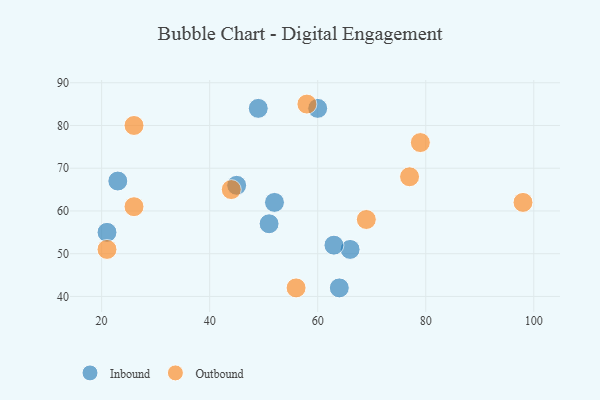
{"axis": {"x": "GDP", "y": "Life Expectancy"}, "legend": ["Inbound", "Outbound"], "data": [{"x": "64", "y": 42, "type": "Inbound"}, {"x": "23", "y": 67, "type": "Inbound"}, {"x": "21", "y": 55, "type": "Inbound"}, {"x": "66", "y": 51, "type": "Inbound"}, {"x": "52", "y": 62, "type": "Inbound"}, {"x": "63", "y": 52, "type": "Inbound"}, {"x": "49", "y": 84, "type": "Inbound"}, {"x": "51", "y": 57, "type": "Inbound"}, {"x": "60", "y": 84, "type": "Inbound"}, {"x": "45", "y": 66, "type": "Inbound"}, {"x": "58", "y": 85, "type": "Outbound"}, {"x": "69", "y": 58, "type": "Outbound"}, {"x": "79", "y": 76, "type": "Outbound"}, {"x": "26", "y": 80, "type": "Outbound"}, {"x": "56", "y": 42, "type": "Outbound"}, {"x": "98", "y": 62, "type": "Outbound"}, {"x": "26", "y": 61, "type": "Outbound"}, {"x": "44", "y": 65, "type": "Outbound"}, {"x": "21", "y": 51, "type": "Outbound"}, {"x": "77", "y": 68, "type": "Outbound"}]}